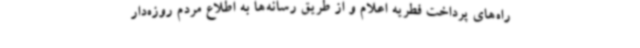
راه‌های پرداخت فطریه اعلام و از طریق رسانه‌ها به اطلاع مردم روزه‌دار